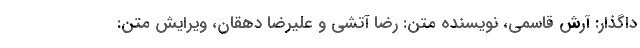
داگذار: آرش قاسمی، نویسنده متن: رضا آتشی و علیرضا دهقان، ویرایش متن: